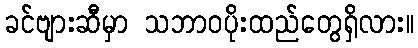
ခင်ဗျားဆီမှာ သဘာဝပိုးထည်တွေရှိလား။